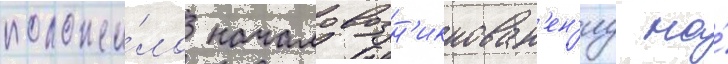
положи́ло начало возн'икнован'ен'иу на́